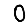
Digit: 0